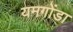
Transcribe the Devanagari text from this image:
यमगोंडा